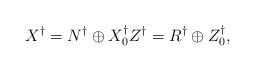
\begin{align*}X^\dagger = N^\dagger \oplus X_0^\dagger Z^\dagger = R^\dagger \oplus Z_0^\dagger,\end{align*}